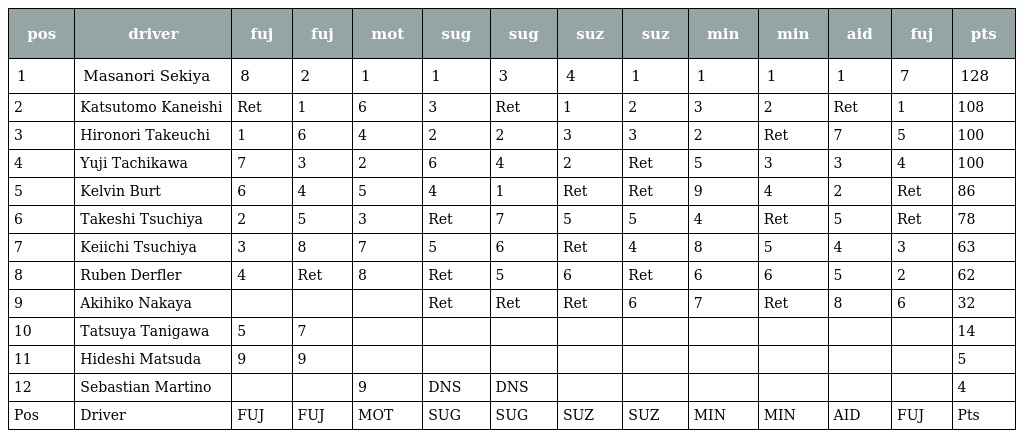
| pos | driver | fuj | fuj | mot | sug | sug | suz | suz | min | min | aid | fuj | pts |
 | --- | --- | --- | --- | --- | --- | --- | --- | --- | --- | --- | --- | --- | --- |
 | 1 | Masanori Sekiya | 8 | 2 | 1 | 1 | 3 | 4 | 1 | 1 | 1 | 1 | 7 | 128 |
 | 2 | Katsutomo Kaneishi | Ret | 1 | 6 | 3 | Ret | 1 | 2 | 3 | 2 | Ret | 1 | 108 |
 | 3 | Hironori Takeuchi | 1 | 6 | 4 | 2 | 2 | 3 | 3 | 2 | Ret | 7 | 5 | 100 |
 | 4 | Yuji Tachikawa | 7 | 3 | 2 | 6 | 4 | 2 | Ret | 5 | 3 | 3 | 4 | 100 |
 | 5 | Kelvin Burt | 6 | 4 | 5 | 4 | 1 | Ret | Ret | 9 | 4 | 2 | Ret | 86 |
 | 6 | Takeshi Tsuchiya | 2 | 5 | 3 | Ret | 7 | 5 | 5 | 4 | Ret | 5 | Ret | 78 |
 | 7 | Keiichi Tsuchiya | 3 | 8 | 7 | 5 | 6 | Ret | 4 | 8 | 5 | 4 | 3 | 63 |
 | 8 | Ruben Derfler | 4 | Ret | 8 | Ret | 5 | 6 | Ret | 6 | 6 | 5 | 2 | 62 |
 | 9 | Akihiko Nakaya |  |  |  | Ret | Ret | Ret | 6 | 7 | Ret | 8 | 6 | 32 |
 | 10 | Tatsuya Tanigawa | 5 | 7 |  |  |  |  |  |  |  |  |  | 14 |
 | 11 | Hideshi Matsuda | 9 | 9 |  |  |  |  |  |  |  |  |  | 5 |
 | 12 | Sebastian Martino |  |  | 9 | DNS | DNS |  |  |  |  |  |  | 4 |
 | Pos | Driver | FUJ | FUJ | MOT | SUG | SUG | SUZ | SUZ | MIN | MIN | AID | FUJ | Pts |